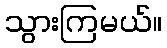
သွားကြမယ်။